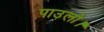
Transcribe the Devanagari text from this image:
पाउलो।